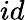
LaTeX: id